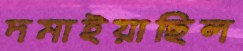
দমাইয়াছিল